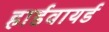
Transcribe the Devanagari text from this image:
हार्डवायर्ड